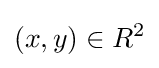
(x,y)\in R^{2}